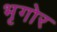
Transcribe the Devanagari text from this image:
भृगोर